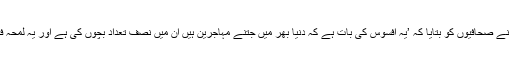
ماہرہ خان نے صحافیوں کو بتایا کہ ’یہ افسوس کی بات ہے کہ دنیا بھر میں جتنے مہاجرین ہیں ان میں نصف تعداد بچوں کی ہے اور یہ لمحہ فکریہ ہے۔